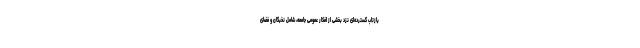
بازتاب گسترده‌ای نزد بخشی از افکار عمومی جامعه، شامل نخبگان و فضای